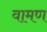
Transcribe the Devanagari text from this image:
वामण